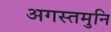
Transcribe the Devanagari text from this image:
अगस्तमुनि